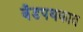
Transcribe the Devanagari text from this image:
बँडपथकात